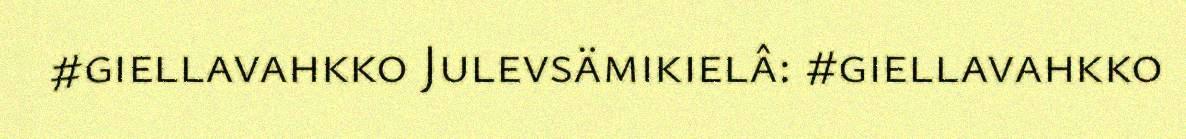
#giellavahkko Julevsämikielâ: #giellavahkko